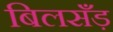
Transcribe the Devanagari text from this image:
बिलसँड़